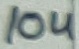
Text: 10u